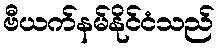
ဗီယက်နမ်နိုင်ငံသည်